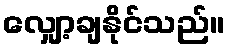
လျှော့ချနိုင်သည်။